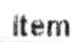
ITEM